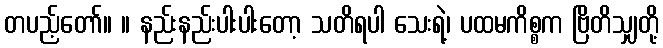
တပည့်တော်။ ။ နည်းနည်းပါးပါးတော့ သတိရပါ သေးရဲ့၊ ပထမကိစ္စက ဗြိတိသျှတို့